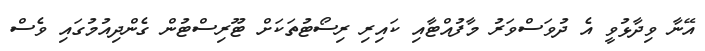
އޭނާ ވިދާޅުވީ އެ ދުވަސްވަރު މާފުއްޓާއި ކައިރި ރިސޯޓުތަކަށް ޓޫރިސްޓުން ގެންދިއުމުގައި ވެސް